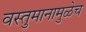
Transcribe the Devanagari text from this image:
वस्तुमानामुळेच